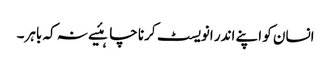
انسان کو اپنے اندر انویسٹ کرنا چاہئیے نہ کہ باہر۔